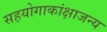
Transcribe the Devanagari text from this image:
सहयोगाकांक्षाजन्य